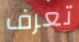
تعرف